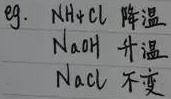
eg.
\begin{align*}
& \text{NH}_4\text{Cl}\quad \text{降温}\\
& \text{NaOH}\quad \text{升温}\\
& \text{NaCl}\quad \text{不变}
\end{align*}